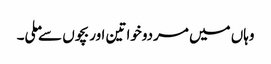
وہاں میں مردوخواتین اور بچوں سے ملی۔